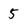
Character: 5